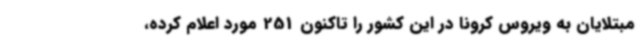
مبتلایان به ویروس کرونا در این کشور را تاکنون 251 مورد اعلام کرده،